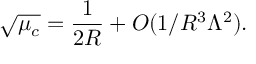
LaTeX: \sqrt { \mu _ { c } } = { \frac { 1 } { 2 R } } + O ( 1 / R ^ { 3 } \Lambda ^ { 2 } ) .